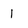
Character: 1